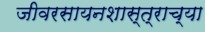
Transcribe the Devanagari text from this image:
जीवरसायनशास्त्राच्या